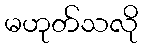
မဟုတ်သလို